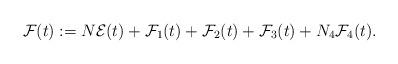
LaTeX: \begin{align*}\mathcal{F}(t) := N \mathcal{E}(t) + \mathcal{F}_{1}(t) + \mathcal{F}_{2}(t) + \mathcal{F}_{3}(t) + N_{4} \mathcal{F}_{4}(t). \end{align*}